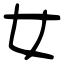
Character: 女